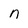
Character: n